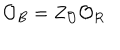
LaTeX: \mathcal { O } _ { B } = Z _ { \mathcal { O } } \mathcal { O } _ { R }